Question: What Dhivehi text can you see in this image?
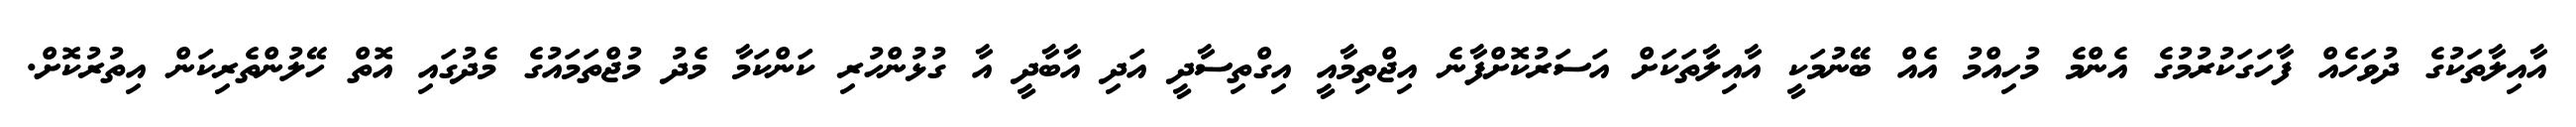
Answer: އާއިލާތަކުގެ ދުވަހެއް ފާހަގަކުރުމުގެ އެންމެ މުހިއްމު އެއް ބޭނުމަކީ އާއިލާތަކަށް އަސަރުކޮށްފާނެ އިޖްތިމާއީ އިގްތިސާދީ އަދި އާބާދީ އާ ގުޅުންހުރި ކަންކަމާ މެދު މުޖްތަމައުގެ މެދުގައި އޮތް ހޭލުންތެރިކަން އިތުރުކޮށް.